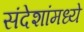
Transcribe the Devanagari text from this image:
संदेशांमध्ये